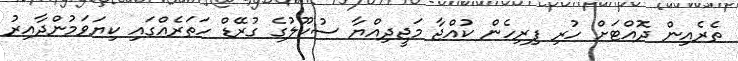
ތެރެއިން ދޮއްޓަށް ހުރި ފިރިހެން ކުއްޖާ މަޖީދިއްޔާ ސުކޫލުގެ ގުރޭޑް ހަތަރެއްގައި ކިޔަވަމުންދާއިރު